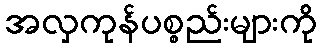
အလှကုန်ပစ္စည်းများကို